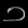
Digit: ၁